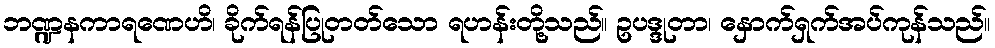
ဘဏ္ဍနကာရဏေဟိ၊ ခိုက်ရန်ပြုတတ်သော ရဟန်းတို့သည်။ ဥပဒ္ဒုတာ၊ နှောက်ရှက်အပ်ကုန်သည်။